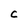
Character: C